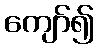
ကျော်၍